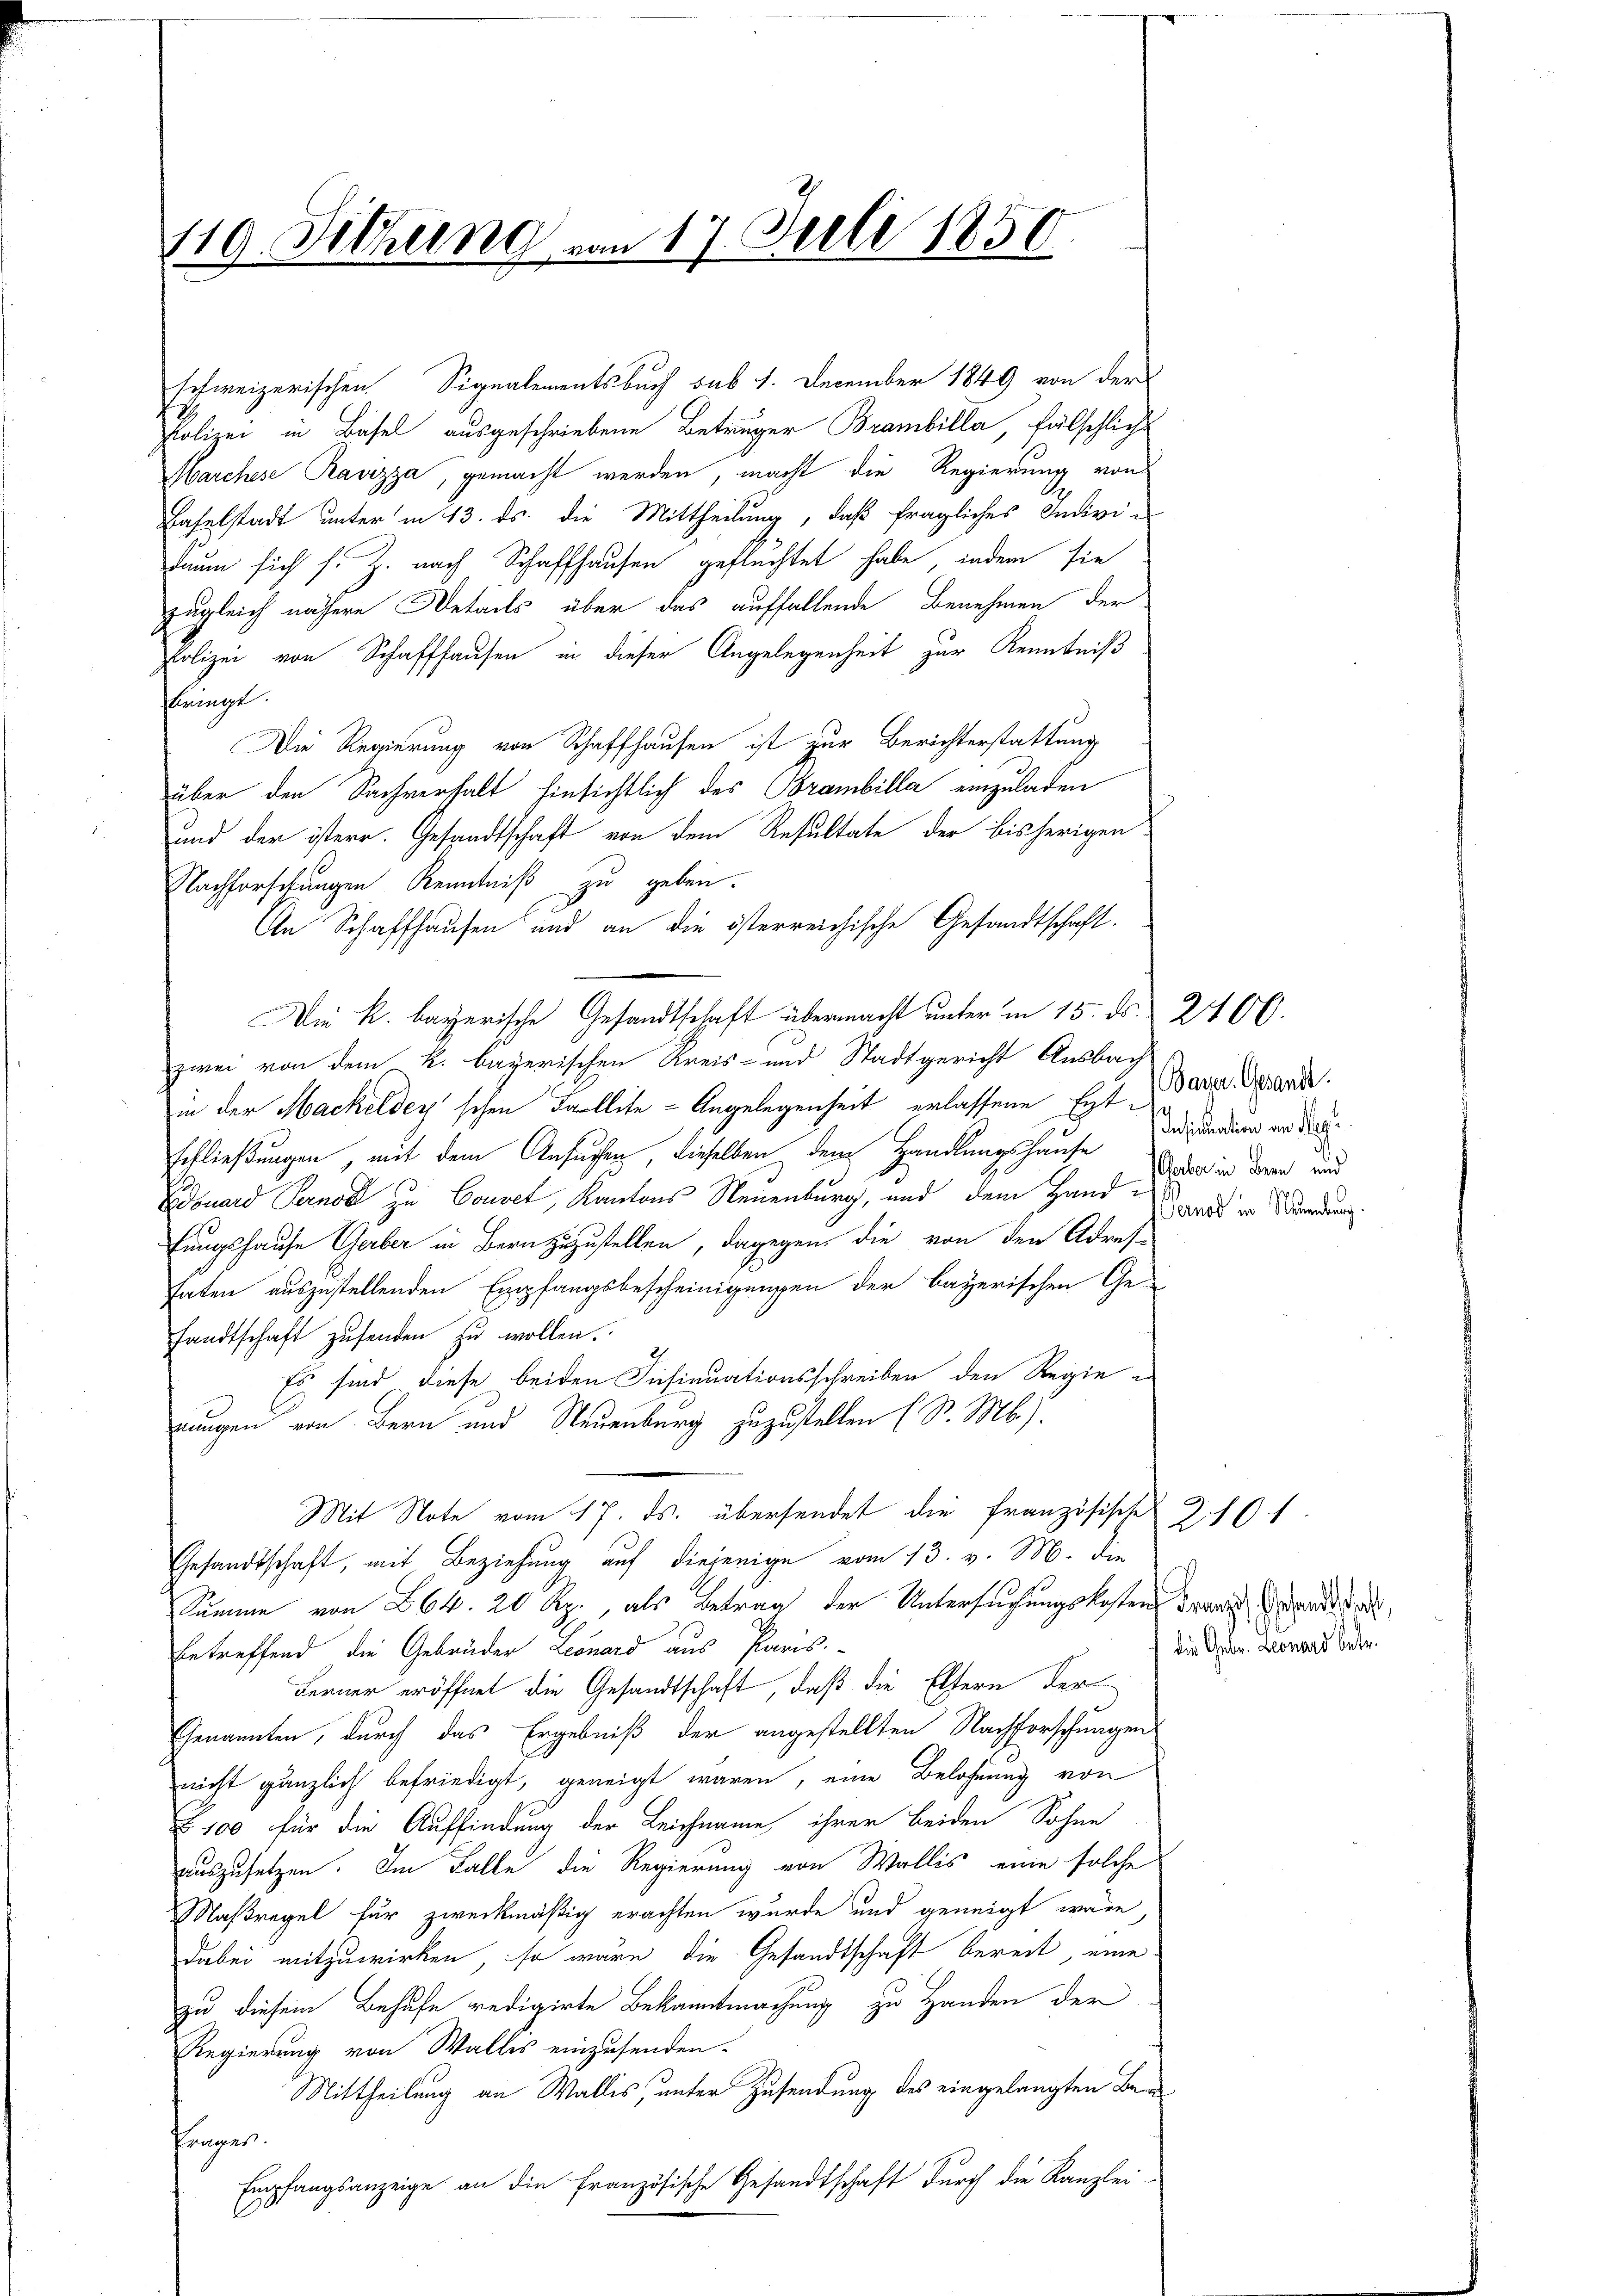
119. Sitzung vom 17. Juli 1850.

Polizei in Basel ausgeschriebene Betruger Brambilla, fälschlicht
Marchese Ravizza, gemacht werden, macht die Regierung von
Baselstadt unter in 13. ds. die Mittheilung, daß fragliches Indivi-
daum sich s. Z. nach Schaffhausen geflechtet habe, indem sie
zugleich nähere Details aber das auffallende Benehmen der
Polizei von Schaffhausen in dieser Angelegenheit zur Kenntniß
flringt.
Die Regierung von Schaffhausen ist zur Berichterstattung
über den Sachverhalt hinsichtlich des Brambilla einzuladen
und der österr. Gesandtschaft von dem Resultate der bisherigen
Nachforschungen Kenntniß zu geben.
An Schaffhausen und an die österreichische Gesandtschaft.
Die k. bayerische Gesandtschaft übermacht unter in 15. ds. 2400.
zwei von dem k. bayerischen Kreis- und Stadtgericht Ausbach
in der Hackeldey schen Fallite - Angelegenheit erlassene Ext der ande
schließungen, mit dem Ansuchen, dieselben dem Handlungshausenpunddien an der
Edouard Pernoc zu Convet, Kantons Neuenburg, und dem Hand und in Standen.
fungshause Gerber in Bern zuzustellen, dagegen die von den Adres-
haten auszustellenden Empfangsbescheinigungen der bayerischen Ge-
sandtschaft zŭsenden zŭ wollen.
Es sind diese beiden Insinuationsschreiben den Regie e
nungen von Bern und Neuenburg zuzustellen (S. Mb.).
Mit Note vom 17. ds. übersendet die Französische
Gesandtschaft, mit Beziehung auf diejenige vom 13. v. M. die
Summe von 64. 20 Rp., als Betrag der Untersuchungskosten drang Grade dort
betreffend die Gebrüder Leonard aus Paris
Ferner eröffnet die Gesandtschaft, daß die Eltern der
Genannten, durch das Ergebniß der angestellten Nachforschungen
nicht gänzlich befriedigt, geneigt waren, eine Belohnung von
§ 100 für die Auffindung der Leichname ihrer beiden Sohne
auszusetzen. Im Falle die Regierung von Wallis, eine solche
Maßregel für zweckmäßig erachten wurde und geneigt wäre
dabei mitzuwirken, so wäre die Gesandtschaft bereit, eine
zu diesem Behufe redigirte Bekanntmachung zu Handen der
Regierung von Walles einzusenden.
Mittheilung an Wallis, unter Zusendung des eingelangten Ben
Prages.
Empfangsanzeige an die Französische Gesandtschaft durch die Kanzlei-

schweizerischen Signalementsbuch sub 1. December 1849 von der

Geber in Bern und

die Gebr. Leonard betr.

2101